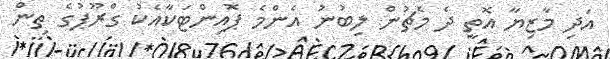
އަދި މާޒިޔާ އޮތީ ދެ މެޗުން ލިބުނު އެންމެ ޕޮއިންޓަކާއެކު ގްރޫޕުގެ ތިން